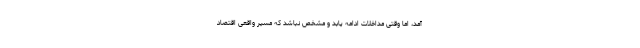
آمد، اما وقتی مداخلات ادامه یابد و مشخص نباشد که مسیر واقعی اقتصاد